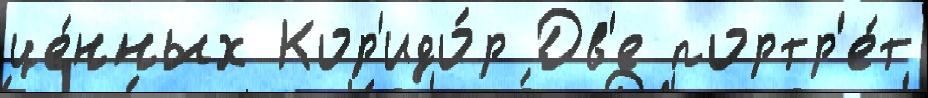
це́нных Кор'идо́р Дв'е портр'е́т